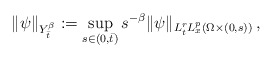
\begin{align*} \| \psi \|_{Y^\beta_{ \bar t}} := \sup_{s \in (0, \bar t)} s^{-\beta} \| \psi \|_{L^r_t L^p_x(\Omega \times (0,s))} \, ,\end{align*}